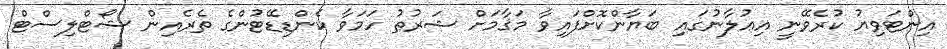
އިންޓަވިޔު ކުރެވޭނީ އިޢުލާނުގައި ބަޔާންކޮށްފައިވާ މަޤާމަށް ޝަރުޠު ހަމަވާ ކެންޑިޑޭޓުންގެ ތެރެއިން ޝޯޓްލިސްޓް